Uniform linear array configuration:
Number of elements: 8
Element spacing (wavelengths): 1
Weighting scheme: hamming
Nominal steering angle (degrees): -30
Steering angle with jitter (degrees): -28.201
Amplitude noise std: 0.05
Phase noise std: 0.05

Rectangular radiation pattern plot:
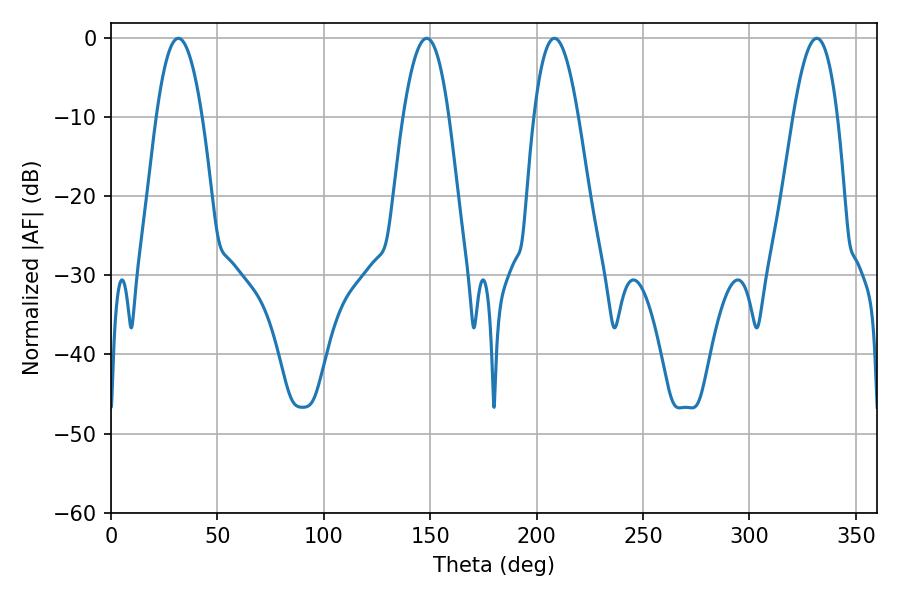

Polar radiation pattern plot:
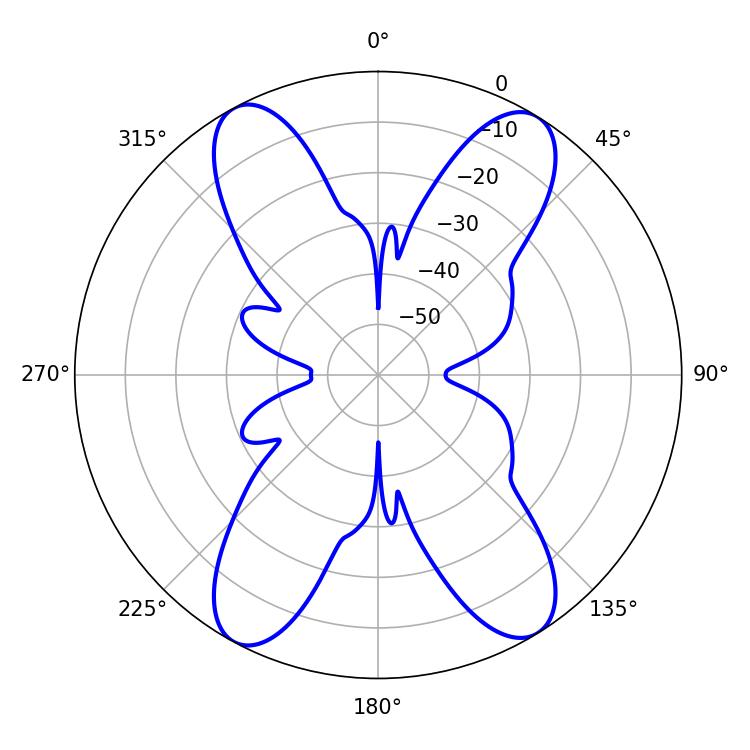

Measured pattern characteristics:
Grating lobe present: TRUE
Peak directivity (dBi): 18.757
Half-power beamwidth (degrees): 11.7
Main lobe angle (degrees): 31.68